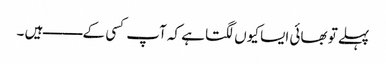
پہلے تو بھائی ایسا کیوں لگتا ہے کہ آپ کسی کے ـــــــــ ہیں ۔